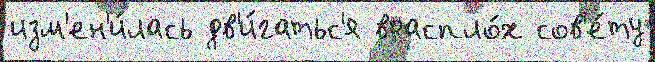
изм'ен'и́лась дв'и́гатьс'я враспло́х сов'е́ту